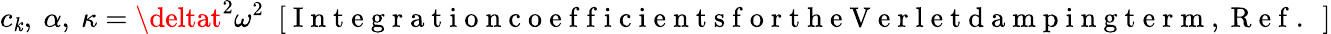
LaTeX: c_{\mathit{k}},~\alpha,~\kappa=\deltat^{2}\omega^{2}~~[\mathrm{{~I~n~t~e~g~r~a~t~i~o~n~c~o~e~f~f~i~c~i~e~n~t~s~f~o~r~t~h~e~V~e~r~l~e~t~d~a~m~p~i~n~g~t~e~r~m~,~R~e~f~.~\ }}]